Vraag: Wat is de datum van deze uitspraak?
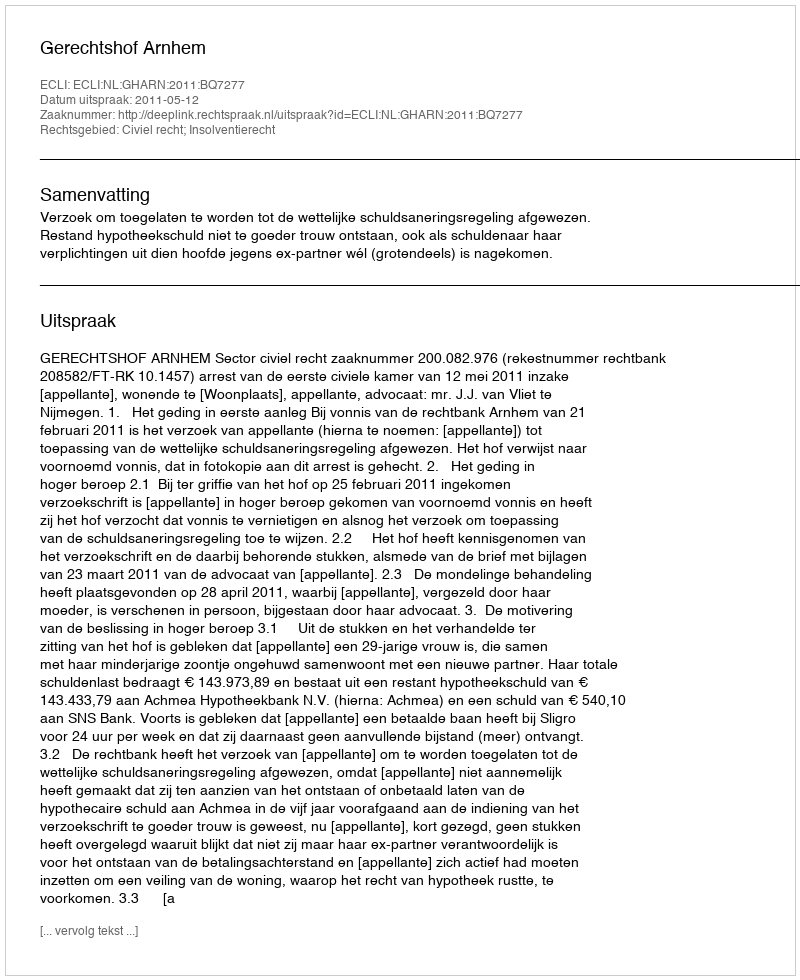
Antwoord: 2011-05-12